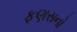
ફણસનો